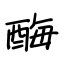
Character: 酶